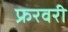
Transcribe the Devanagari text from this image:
फ्ररवरी